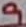
Text: 9